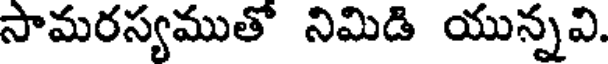
సామరస్యముతో నిమిడి యున్నవి.